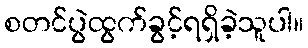
စတင်ပွဲထွက်ခွင့်ရရှိခဲ့သူပါ။